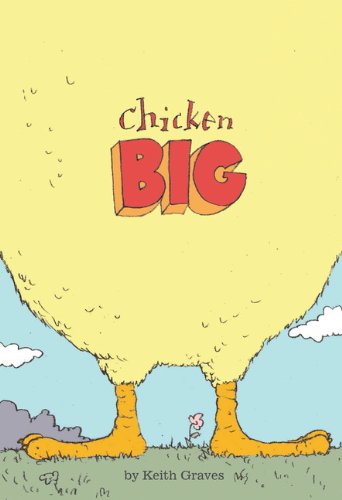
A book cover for Chicken Big; Keith Graves; Children's Books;